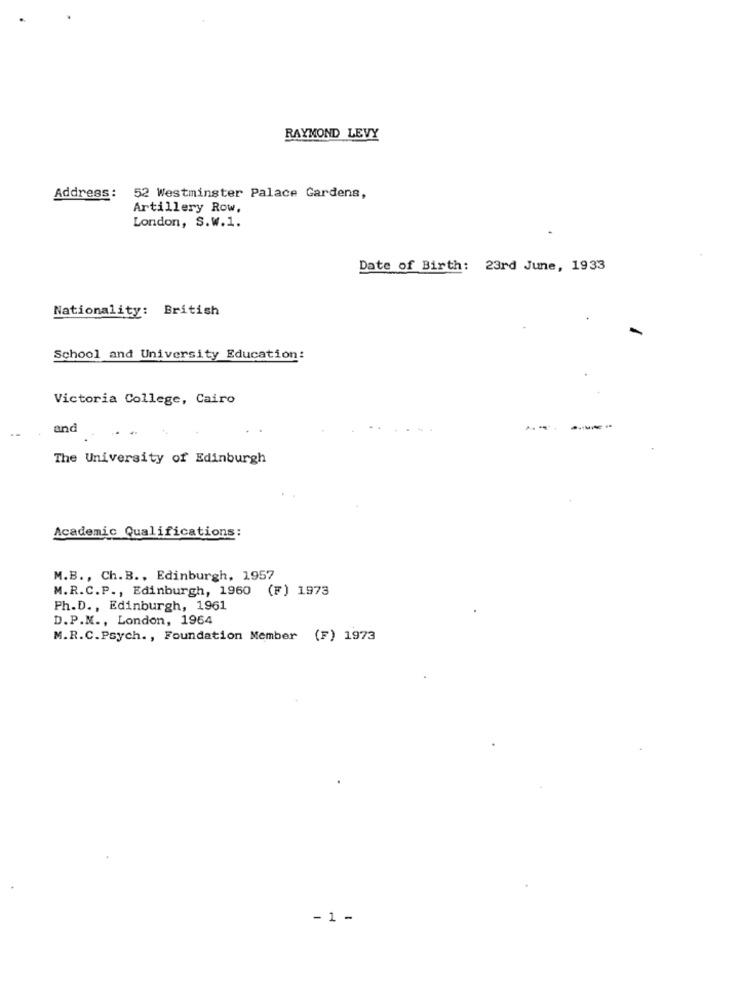
RAYMOND LEVY
Address :
52 Westminster Palace Gardens,
Artillery Row,
London, S.W.1.
Date of Birth: 23rd June, 1933
Nationality: British
School and University Education:
Victoria College, Cairo
and
The University of Edinburgh
Academic Qualifications:
M.B ., Ch. B ., Edinburgh, 1957
M.R.C.P ., Edinburgh, 1960 (F) 1973
Ph.D ., Edinburgh, 1961
D.P.M ., London, 1964
M.R.C.Psych ., Foundation Member (F) 1973
- 1 -